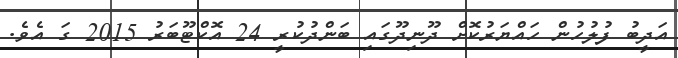
އަދީބު ފުލުހުން ހައްޔަރުކޮށް ދޫނިދޫގައި ބަންދުކުރީ 24 އޮކްޓޫބަރު 2015 ގަ އެވެ.